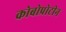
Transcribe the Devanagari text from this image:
कोबोप्रोटीन